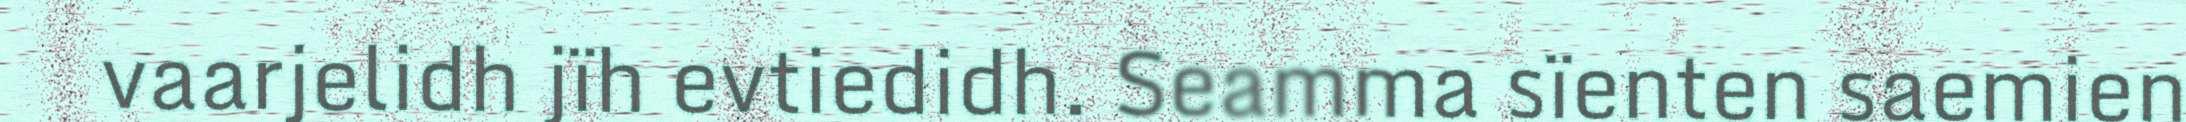
vaarjelidh jïh evtiedidh. Seamma sïenten saemien